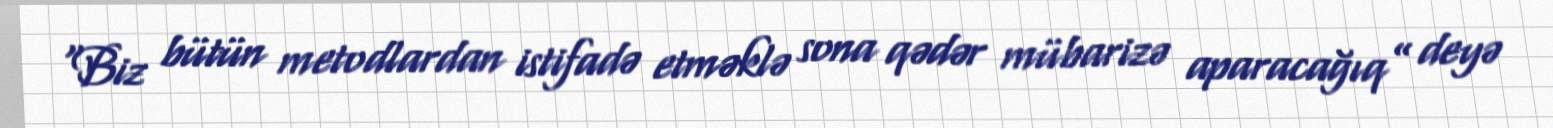
“Biz bütün metodlardan istifadə etməklə sona qədər mübarizə aparacağıq” deyə